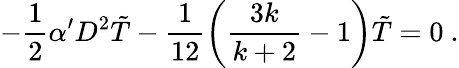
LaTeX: -\frac{1}{2}\alpha^{\prime}D^{2}\tilde{T}-\frac{1}{12}\left(\frac{3k}{k+2}-1\right)\tilde{T}=0~.